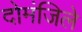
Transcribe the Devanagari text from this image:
दोमंजिले